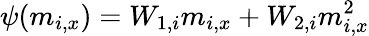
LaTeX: \psi(m_{i,x})=W_{1,i}m_{i,x}+W_{2,i}m_{i,x}^{2}